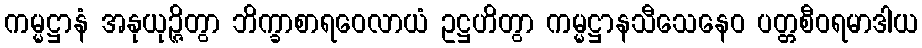
ကမ္မဋ္ဌာနံ အနုယုဉ္ဇိတွာ ဘိက္ခာစာရဝေလာယံ ဥဋ္ဌဟိတွာ ကမ္မဋ္ဌာနသီသေနေဝ ပတ္တစီဝရမာဒါယ